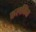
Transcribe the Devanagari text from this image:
कलकिंत